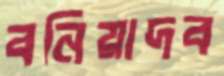
বনিয়াদব